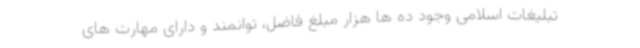
تبلیغات اسلامی وجود ده ها هزار مبلغ فاضل، توانمند و دارای مهارت های